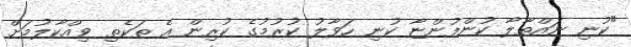
"ކުނި ނައްތާލާ ކުންފުންޏާ ކުނި ހަވާލު ކުރުމުގެ ކުރިން އެ ތަކެތި ވިއްކާލުމަށް